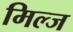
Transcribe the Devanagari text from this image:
मिल्ज